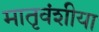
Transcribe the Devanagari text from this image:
मातृवंशीया